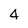
Character: 4